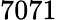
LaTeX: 7071